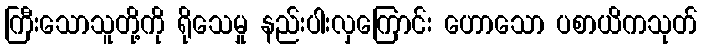
ကြီးသောသူတို့ကို ရိုသေမှု နည်းပါးလှကြောင်း ဟောသော ပစာယိကသုတ်